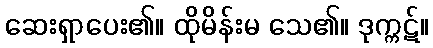
ဆေးရှာပေး၏။ ထိုမိန်းမ သေ၏။ ဒုက္ကဋ်။